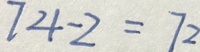
7 4 - 2 = 7 2